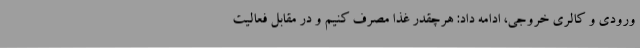
ورودی و کالری خروجی، ادامه داد: هرچقدر غذا مصرف کنیم و در مقابل فعالیت